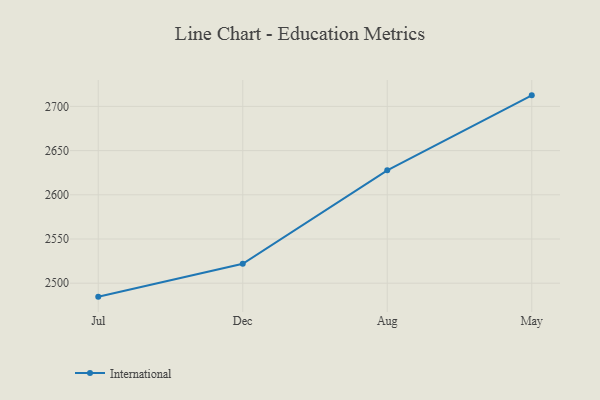
{"axis": {"x": "Month", "y": "Production Output"}, "legend": ["International"], "data": [{"x": "Jul", "y": 2484.8, "type": "International"}, {"x": "Dec", "y": 2521.9, "type": "International"}, {"x": "Aug", "y": 2627.7, "type": "International"}, {"x": "May", "y": 2712.5, "type": "International"}]}